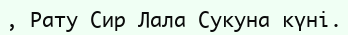
, Рату Сир Лала Сукуна күні.